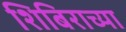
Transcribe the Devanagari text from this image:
शिबिराच्या